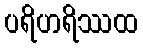
ပရိဟရိဿထ